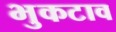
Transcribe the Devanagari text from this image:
भुकटाव